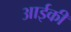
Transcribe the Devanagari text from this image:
आईकी